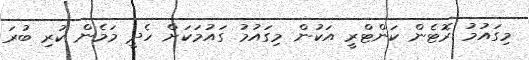
މިގައުމު ރޮޓެން ކަންޓްރީ އަކުން މިގައުމު ގައުމަކަށް ހެދީ މަމެން ކުރި ބުރަ